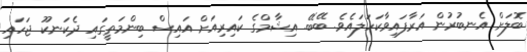
ބޮލަށް އެނބުރުން އަރާފައިވާކަހަލައެވެ. ބޭބޭ. އިޝާމްގެ ކައިރިއަށް އައިސް ބިންމަތީގައި ދެކަނކޫ ޖަހައި